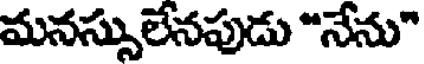
మనస్సులేనపుడు "నేను"